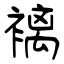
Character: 褵